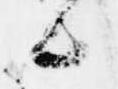
候